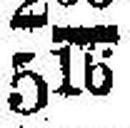
516